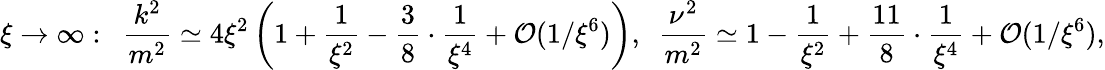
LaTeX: \xi\rightarrow\infty:\ \ \frac{k^{2}}{m^{2}}\simeq 4\xi^{2}\left(1+\frac{1}{\xi^{2}}-\frac{3}{8}\cdot\frac{1}{\xi^{4}}+{\cal O}(1/\xi^{6})\right),\ \ \frac{\nu^{2}}{m^{2}}\simeq 1-\frac{1}{\xi^{2}}+\frac{11}{8}\cdot\frac{1}{\xi^{4}}+{\cal O}(1/\xi^{6}),